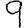
Digit: 9